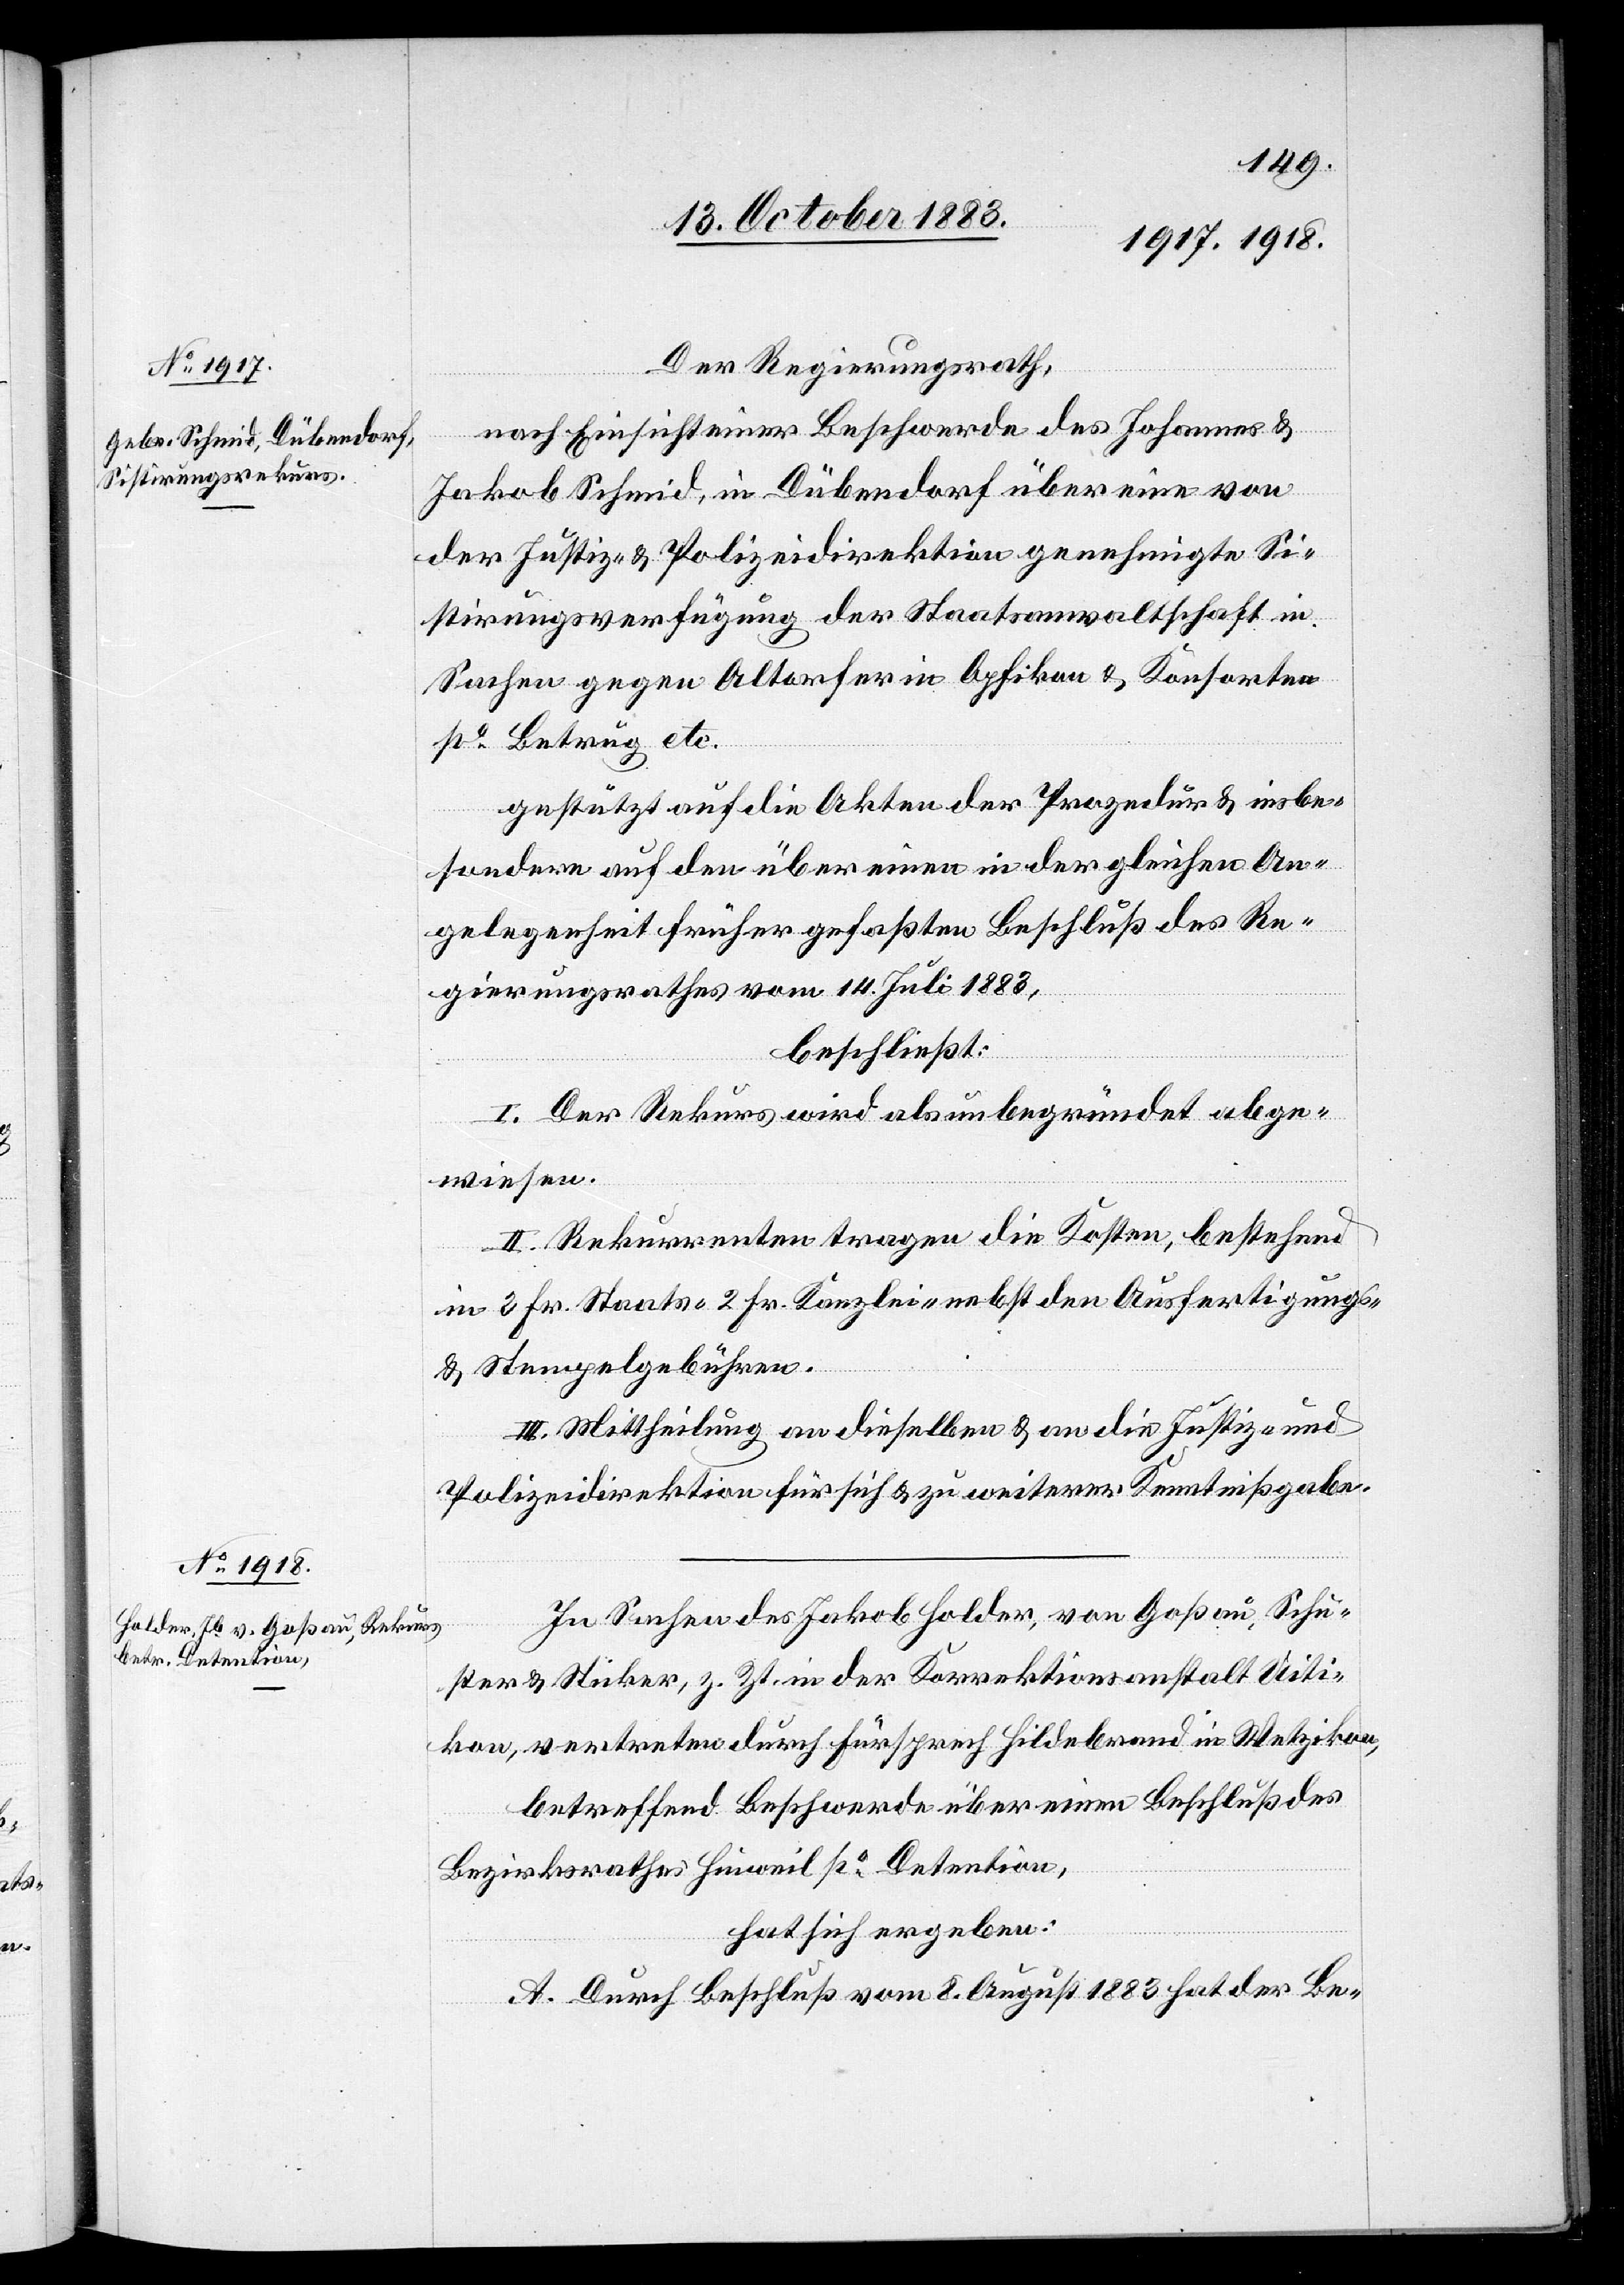
Der Regierungsrath,
nach Einsicht einer Beschwerde des Johannes &
Jakob Schmid, in Dübendorf über eine von
der Justiz- & Polizeidirektion genehmigte Si¬
stirungsverfügung der Staatsanwaltschaft in
Sachen gegen Altorf in Opfikon & Konsorten
po Betrug etc.
gestützt auf die Akten der Prozedur & insbe¬
sondre auf den über einen in der gleichen An¬
gelegenheit früher gefaßten Beschluß des Re¬
gierungsrathes vom 14. Juli 1883,
beschließt:
I. Der Rekurs wird als unbegründet abge¬
wiesen.
II. Rekurrenten tragen die Kosten, bestehend
in 3 Fr. Staats-[,] 2 Fr. Kanzlei- nebst den Ausfertigungs-
& Stempelgebühren.
III. Mittheilung an dieselben & an die Justiz- und
Polizeidirektion für sich & zu weiterer Kenntnißgabe.
In Sachen des Jakob Holder, von Goßau, Schu¬
ster & Sticker, z. Zt. in der Korrektionsanstalt Uiti¬
kon, vertreten durch Fürsprech Hildebrand in Wetzikon,
betreffend Beschwerde über einen Beschluß des
Bezirksrathes Hinweil po Detention,
hat sich ergeben:
A. Durch Beschluß vom 8. August 1883 hat der Be-